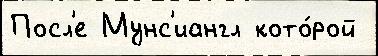
Посл'е Мунс'иангл кото́рой